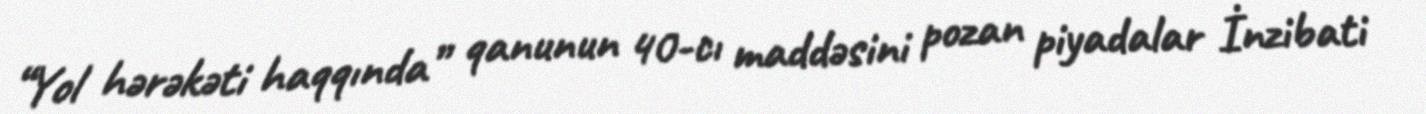
“Yol hərəkəti haqqında” qanunun 40-cı maddəsini pozan piyadalar İnzibati